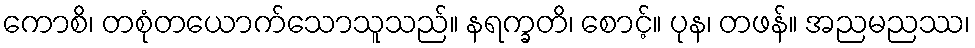
ကောစိ၊ တစုံတယောက်သောသူသည်။ နရက္ခတိ၊ စောင့်။ ပုန၊ တဖန်။ အညမညဿ၊